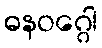
ဓနဝဂ္ဂေါ